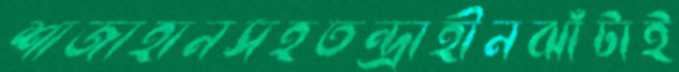
শাজাহানসহতন্দ্রাহীনঝাঁটাই